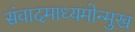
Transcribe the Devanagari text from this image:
संवादमाध्यमोन्मुख